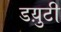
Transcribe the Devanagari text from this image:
डय़ुटी